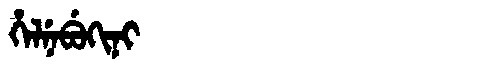
Manchu: ᡥᡝᠯᠨᡝᠪᡠᡴᡳᠨᡳ
Romanization: HELNEBUKINI